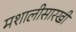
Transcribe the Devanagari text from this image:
मशालीसारखी